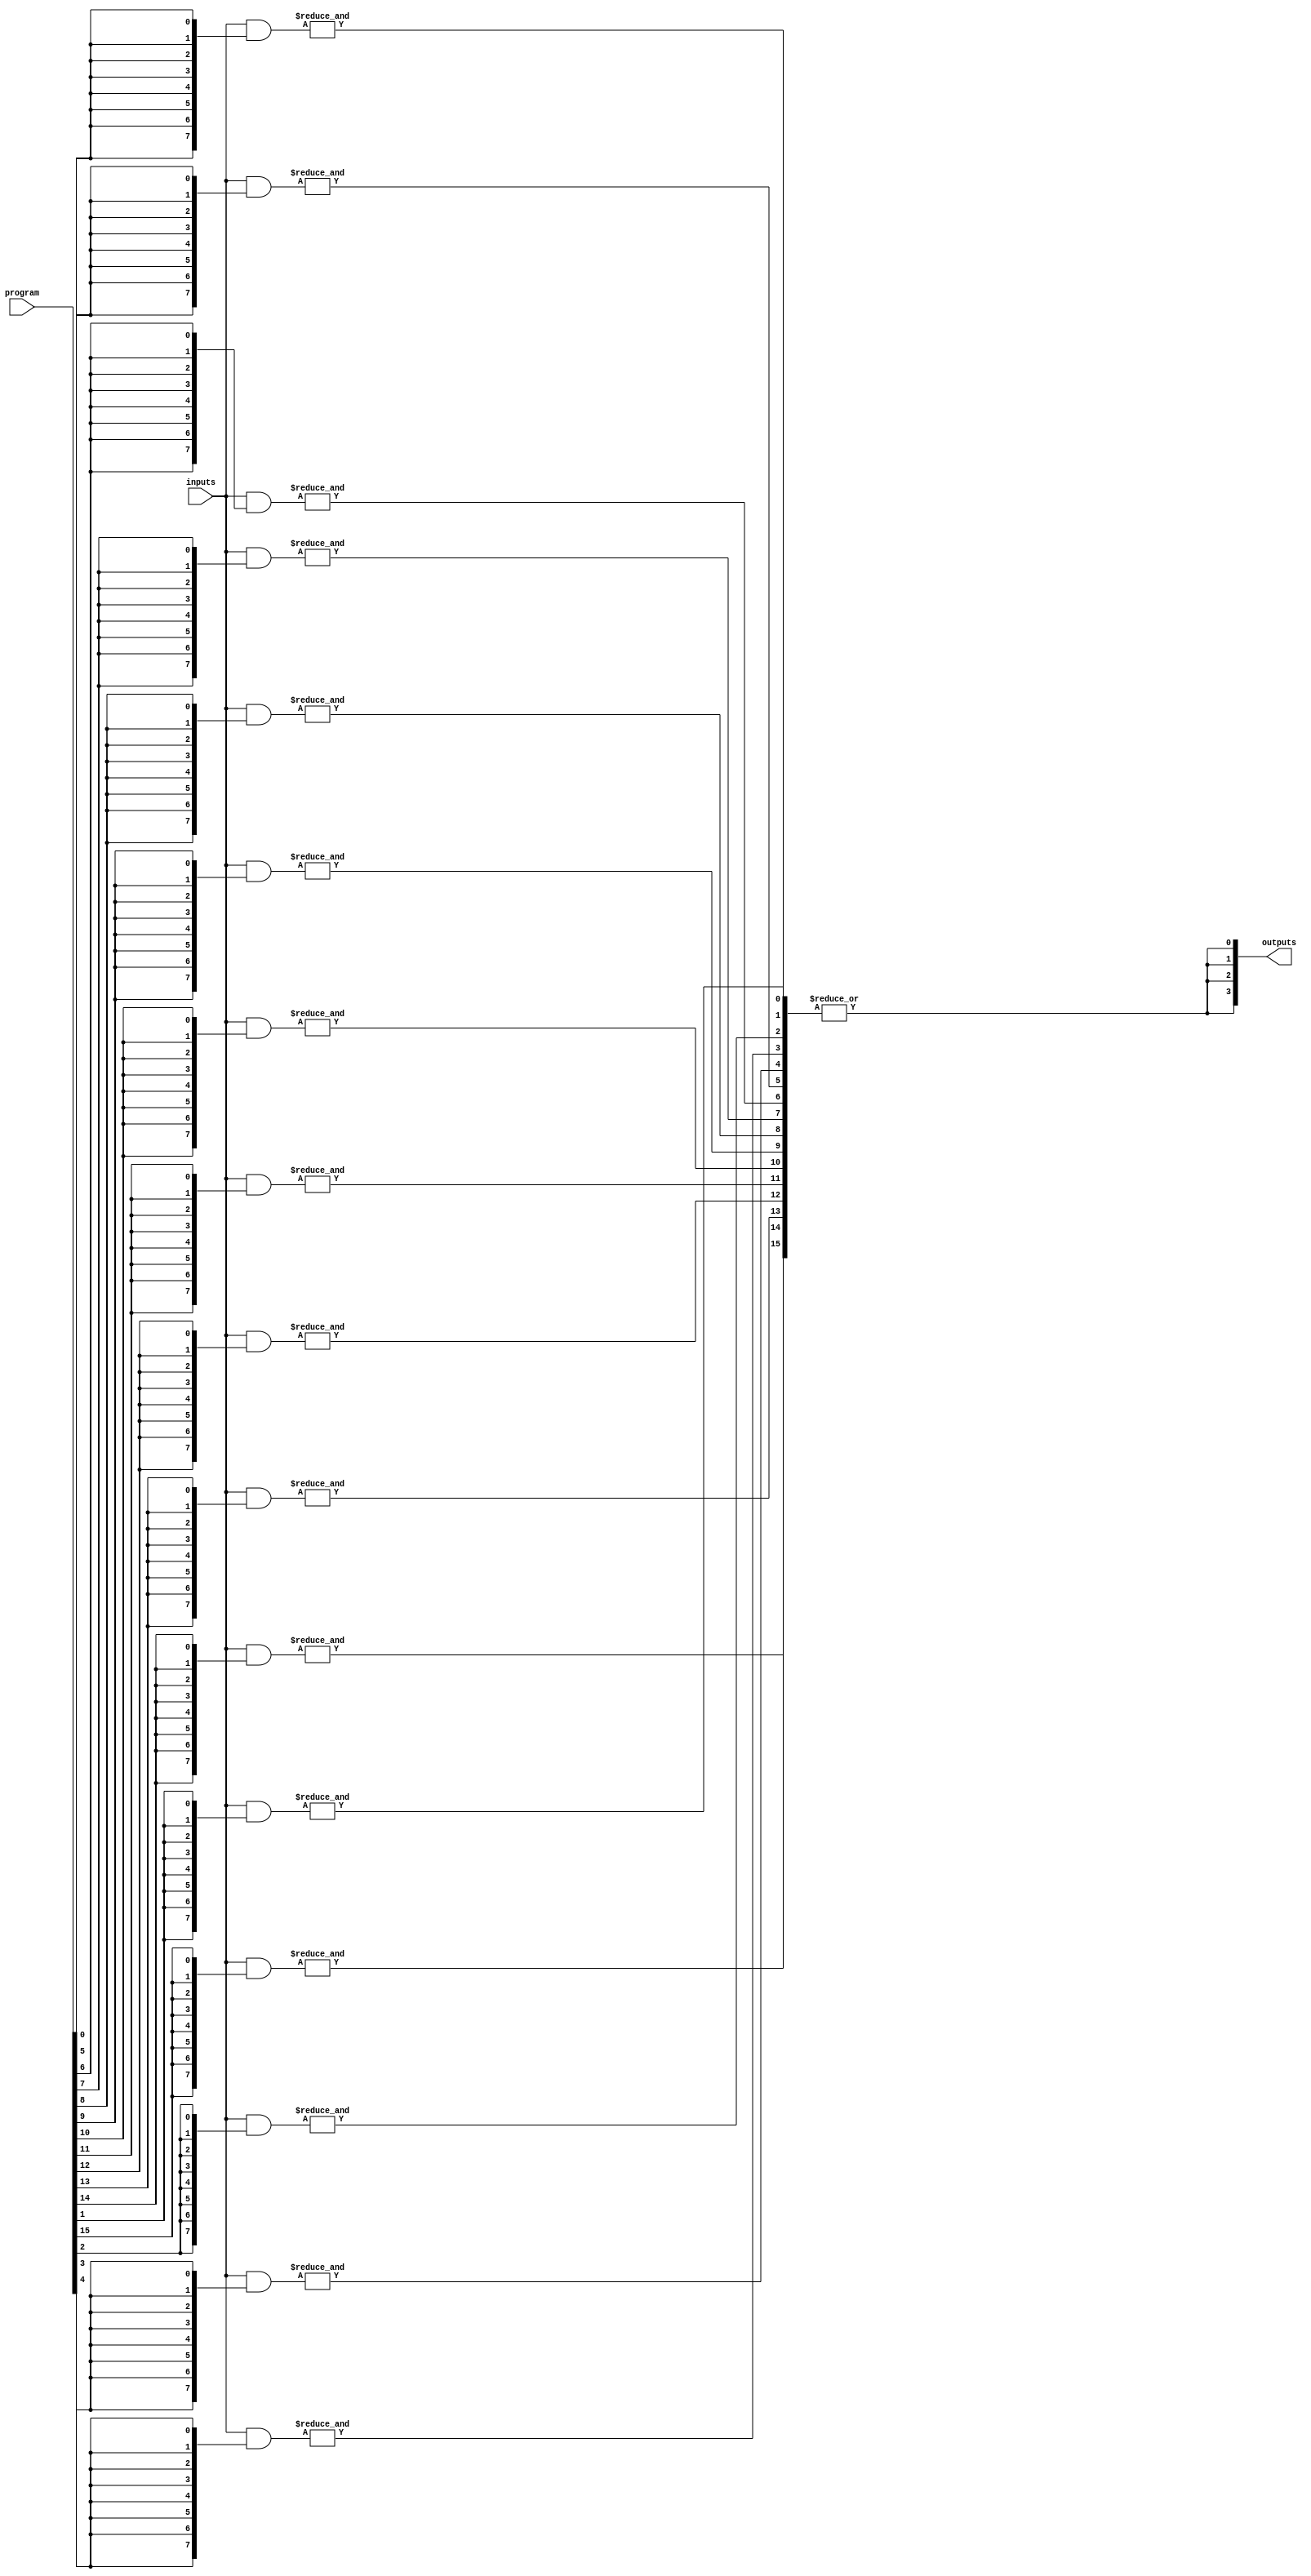
module FlashProgrammablePAL (
    input wire [N-1:0] inputs,      // N input lines
    input wire [M-1:0] program,      // M programming bits for AND array
    output wire [P-1:0] outputs      // P output lines
);

// Parameters
parameter N = 8; // Number of inputs
parameter M = 16; // Number of product terms
parameter P = 4;  // Number of outputs

// Internal signals
wire [M-1:0] and_outputs; // Outputs from AND array
wire [P-1:0] or_outputs;   // Outputs from OR array

// Programmable AND array
genvar i, j;
generate
    for (i = 0; i < M; i = i + 1) begin : and_array
        wire [N-1:0] and_inputs;
        assign and_inputs = inputs & {N{program[i]}}; // AND with programming bits
        assign and_outputs[i] = &and_inputs; // AND gate logic
    end
endgenerate

// Fixed OR array
generate
    for (j = 0; j < P; j = j + 1) begin : or_array
        assign or_outputs[j] = |and_outputs; // OR gate logic
    end
endgenerate

// Output stage
assign outputs = or_outputs;

endmodule